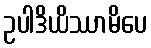
ဥပါဒိယိဿာမိပေ